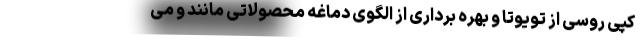
کپی روسی از تویوتا و بهره برداری از الگوی دماغه محصولاتی مانند و می